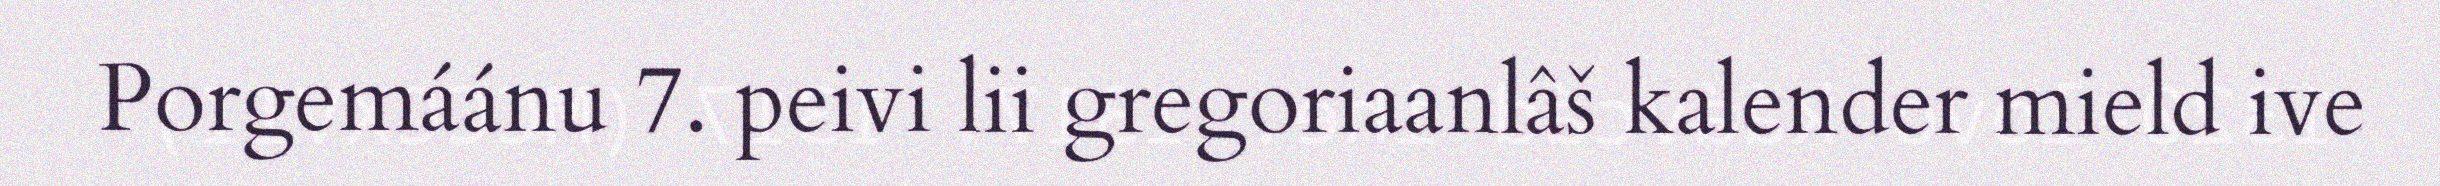
Porgemáánu 7. peivi lii gregoriaanlâš kalender mield ive